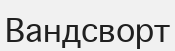
Вандсворт